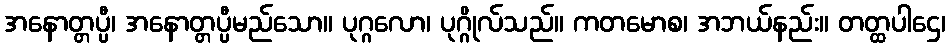
အနောတ္တပ္ပီ၊ အနောတ္တပ္ပီမည်သော။ ပုဂ္ဂလော၊ ပုဂ္ဂိုလ်သည်။ ကတမောစ၊ အဘယ်နည်း။ တတ္ထပါဌေ၊